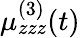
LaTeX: \mu_{zzz}^{(3)}(t)